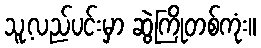
သူ့လည်ပင်းမှာ ဆွဲကြိုတစ်ကုံး။